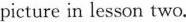
picture in lesson two.